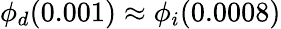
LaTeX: \phi_{d}(0.001)\approx\phi_{i}(0.0008)